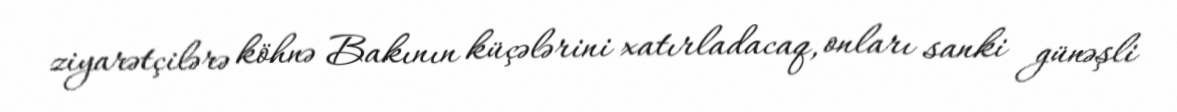
ziyarətçilərə köhnə Bakının küçələrini xatırladacaq, onları sanki günəşli